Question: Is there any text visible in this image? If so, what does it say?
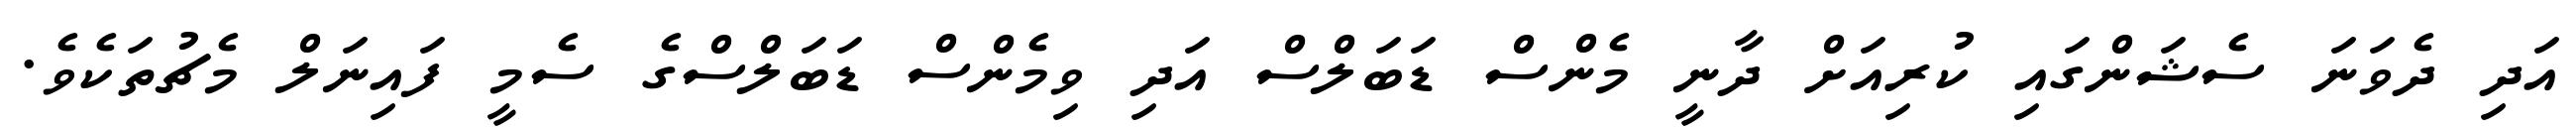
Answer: އަދި ދެވަނަ ސެޝަންގައި ކުރިއަށް ދާނީ މެންސް ޑަބަލްސް އަދި ވިމެންސް ޑަބަލްސްގެ ސެމީ ފައިނަލް މެޗުތަކެވެ.